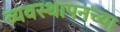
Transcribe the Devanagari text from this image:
व्यवस्थापनच्या